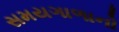
સમયગાળાનો